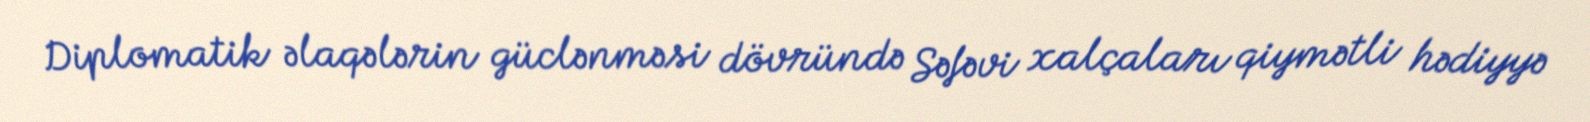
Diplomatik əlaqələrin güclənməsi dövründə Səfəvi xalçaları qiymətli hədiyyə